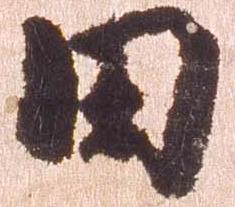
田